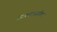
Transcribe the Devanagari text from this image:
आश्रमाजवळील